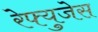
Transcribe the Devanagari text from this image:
रेफ्युजेस